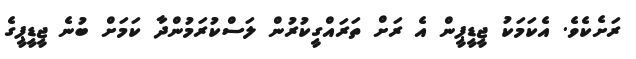
ރަށެކެވެ. އެކަމަކު ޖީޑީޕީން އެ ރަށް ތަރައްގީކުރުން ލަސްކުރަމުންދާ ކަމަށް ބުނެ ޖީޑީޕީގެ